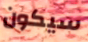
سيكون